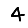
Digit: 4